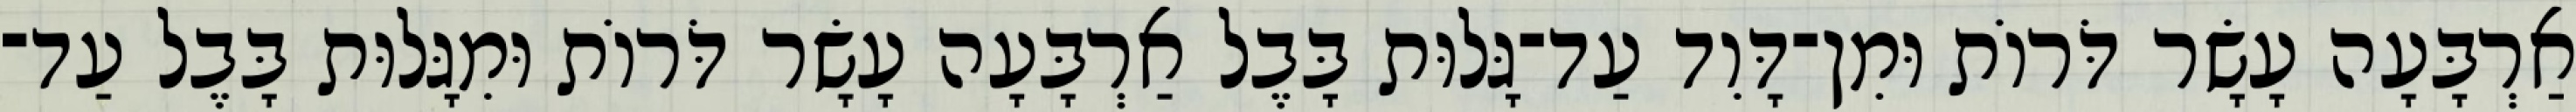
אַרְבָּעָה עָשָׂר דֹּרוֹת וּמִן־דָּוִד עַד־גָּלוּת בָּבֶל אַרְבָּעָה עָשָׂר דֹּרוֹת וּמִגָּלוּת בָּבֶל עַד־